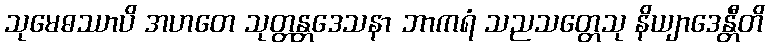
သုမေဓဿာပိ အဟတေ သုတ္တန္တဒေသနာ ဘာကရံ သညသတ္တေသု နိယျာဒေန္တီတိ